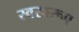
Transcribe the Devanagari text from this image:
स्वस्वरूप